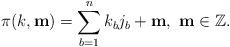
LaTeX: \begin{align*} \pi(k,\mathbf{m})=\sum_{b=1}^nk_bj_b+ \mathbf{m},\ \mathbf{m}\in\mathbb{Z}.\end{align*}